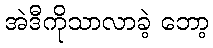
အဲဒီကိုသာလာခဲ့ ဘော့